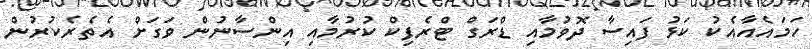
ހަމައެއާއެކު ކަޅު ފައިސާ ދޮވުމާއި ޑްރަގް ޓްރެފިކް ކުރުމާއި އިންސާނުން ވަގަށް އެތެރެކުރުން